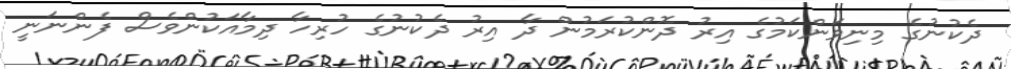
ދެކުނުގެ މިނިވަންކަމުގެ އިރު ދޮންކުރަމުން ދާ އިރު ދެކުނުގެ ހުރިހާ ދިމާއަކުންވެސް ފެންނަނީ